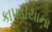
કાપડીયાના